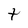
Character: t